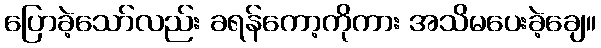
ပြောခဲ့သော်လည်း ခရန်ကော့ကိုကား အသိမပေးခဲ့ချေ။